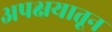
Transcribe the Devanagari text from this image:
अपक्षयातून